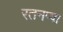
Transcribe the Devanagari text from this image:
रतनप्पा